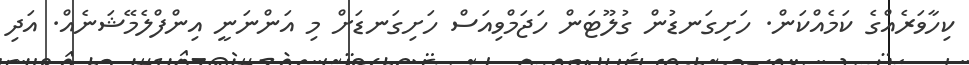
ކިހާވަރެއްގެ ކަމެއްކަން. ހަށިގަނޑުން ގުލޫޓަން ހަޖަމްވިއަސް ހަށިގަނޑަށް މި އަންނަނީ އިންފްލެމޭޝަނެއް. އަދި